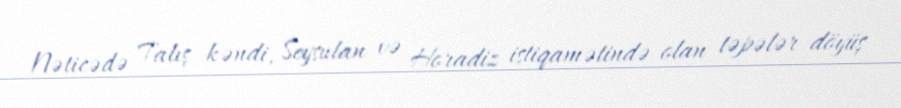
Nəticədə Talış kəndi, Seysulan və Horadiz istiqamətində olan təpələr döyüş